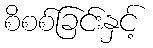
စိစစ်ခြင်းနှင့်